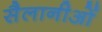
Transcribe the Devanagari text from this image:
सैलानीओं